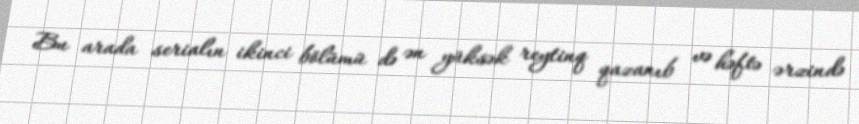
Bu arada serialın ikinci bölümü də ən yüksək reytinq qazanıb və həftə ərzində